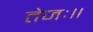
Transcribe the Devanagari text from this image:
तेजः॥